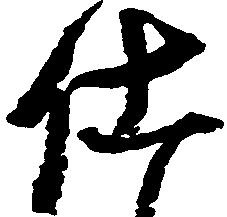
仕